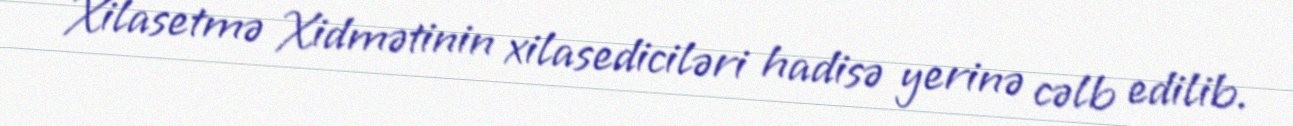
Xilasetmə Xidmətinin xilasediciləri hadisə yerinə cəlb edilib.